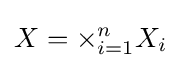
X=\times _{i=1}^{n}{X_{i}}